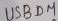
Text: USBDM